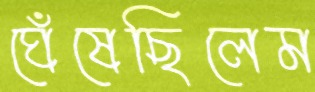
ঘেঁষেছিলেম